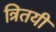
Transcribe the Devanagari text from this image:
त्रितयी